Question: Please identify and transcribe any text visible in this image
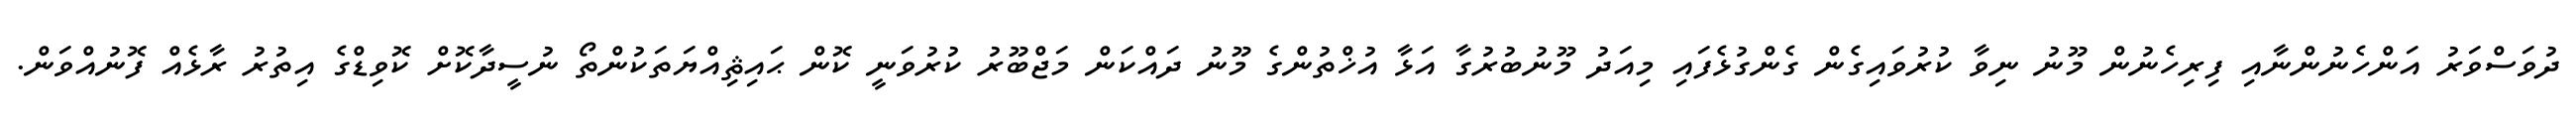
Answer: ދުވަސްވަރު އަންހެނުންނާއި ފިރިހެނުން މޫނު ނިވާ ކުރުވައިގެން ގެންގުޅެފައި މިއަދު މޫނުބުރުގާ އަޅާ އުޚްތުންގެ މޫނު ދައްކަން މަޖްބޫރު ކުރުވަނީ ކޮން ޙައިޘިއްޔަތަކުންތޯ ނުސީދާކޮށް ކޮވިޑްގެ އިތުރު ރާޅެއް ފޮނުއްވަން.